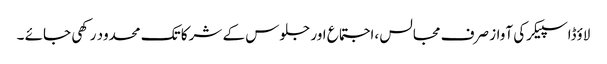
لاؤڈاسپیکرکی آواز صرف مجالس ،اجتماع اور جلوس کے شرکا تک محدود رکھی جائے ۔